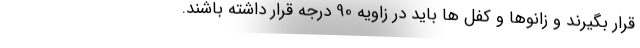
قرار بگیرند و زانوها و کفل ها باید در زاویه 90 درجه قرار داشته باشند.